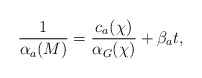
\begin{align*}\frac{1}{\alpha_a(M)} =\frac{c_a(\chi)}{\alpha_G(\chi)} + \beta_a t, \end{align*}